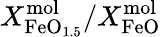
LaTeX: X_{\mathrm{FeO}_{1.5}}^{\mathrm{mol}}/X_{\mathrm{FeO}}^{\mathrm{mol}}